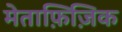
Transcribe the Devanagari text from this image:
मेताफ़िज़िक